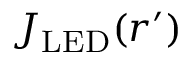
J _ { \mathrm { L E D } } ( r ^ { \prime } )